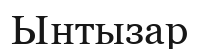
Ынтызар